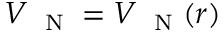
V _ { \mathrm { ~ \scriptsize ~ N ~ } } = V _ { \mathrm { ~ \scriptsize ~ N ~ } } ( r )